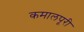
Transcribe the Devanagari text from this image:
कमालपूरी